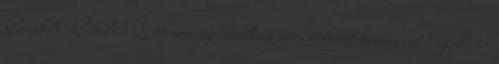
Címkék: Család Sokszor gondoltam arra romantikusan mit tegyek, én